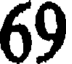
69